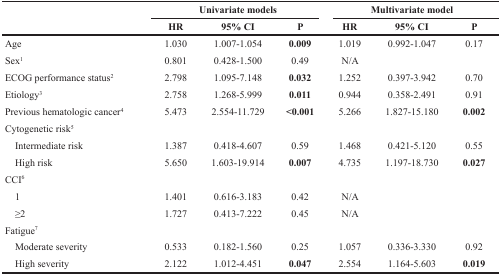
| <ROWSPAN=2>  | <COLSPAN=3> Univariate models | <COLSPAN=3> Multivariate model |
 | HR | 95% CI | P | HR | 95% CI | P |
 | --- | --- | --- | --- | --- | --- | --- |
 | Age | 1.030 | 1.007-1.054 | 0.009 | 1.019 | 0.992-1.047 | 0.17 |
 | Sex1 | 0.801 | 0.428-1.500 | 0.49 | N/A |  |  |
 | ECOG performance status2 | 2.798 | 1.095-7.148 | 0.032 | 1.252 | 0.397-3.942 | 0.70 |
 | Etiology3 | 2.758 | 1.268-5.999 | 0.011 | 0.944 | 0.358-2.491 | 0.91 |
 | Previous hematologic cancer4 | 5.473 | 2.554-11.729 | <0.001 | 5.266 | 1.827-15.180 | 0.002 |
 | Cytogenetic risk5 |  |  |  |  |  |  |
 | Intermediate risk | 1.387 | 0.418-4.607 | 0.59 | 1.468 | 0.421-5.120 | 0.55 |
 | High risk | 5.650 | 1.603-19.914 | 0.007 | 4.735 | 1.197-18.730 | 0.027 |
 | CCI6 |  |  |  |  |  |  |
 | 1 | 1.401 | 0.616-3.183 | 0.42 | N/A |  |  |
 | ≥2 | 1.727 | 0.413-7.222 | 0.45 | N/A |  |  |
 | Fatigue7 |  |  |  |  |  |  |
 | Moderate severity | 0.533 | 0.182-1.560 | 0.25 | 1.057 | 0.336-3.330 | 0.92 |
 | High severity | 2.122 | 1.012-4.451 | 0.047 | 2.554 | 1.164-5.603 | 0.019 |